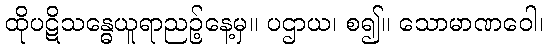
ထိုပဋိသန္ဓေယူရာညဉ့်နေ့မှ။ ပဌာယ၊ စ၍။ သောမာဏဝေါ၊